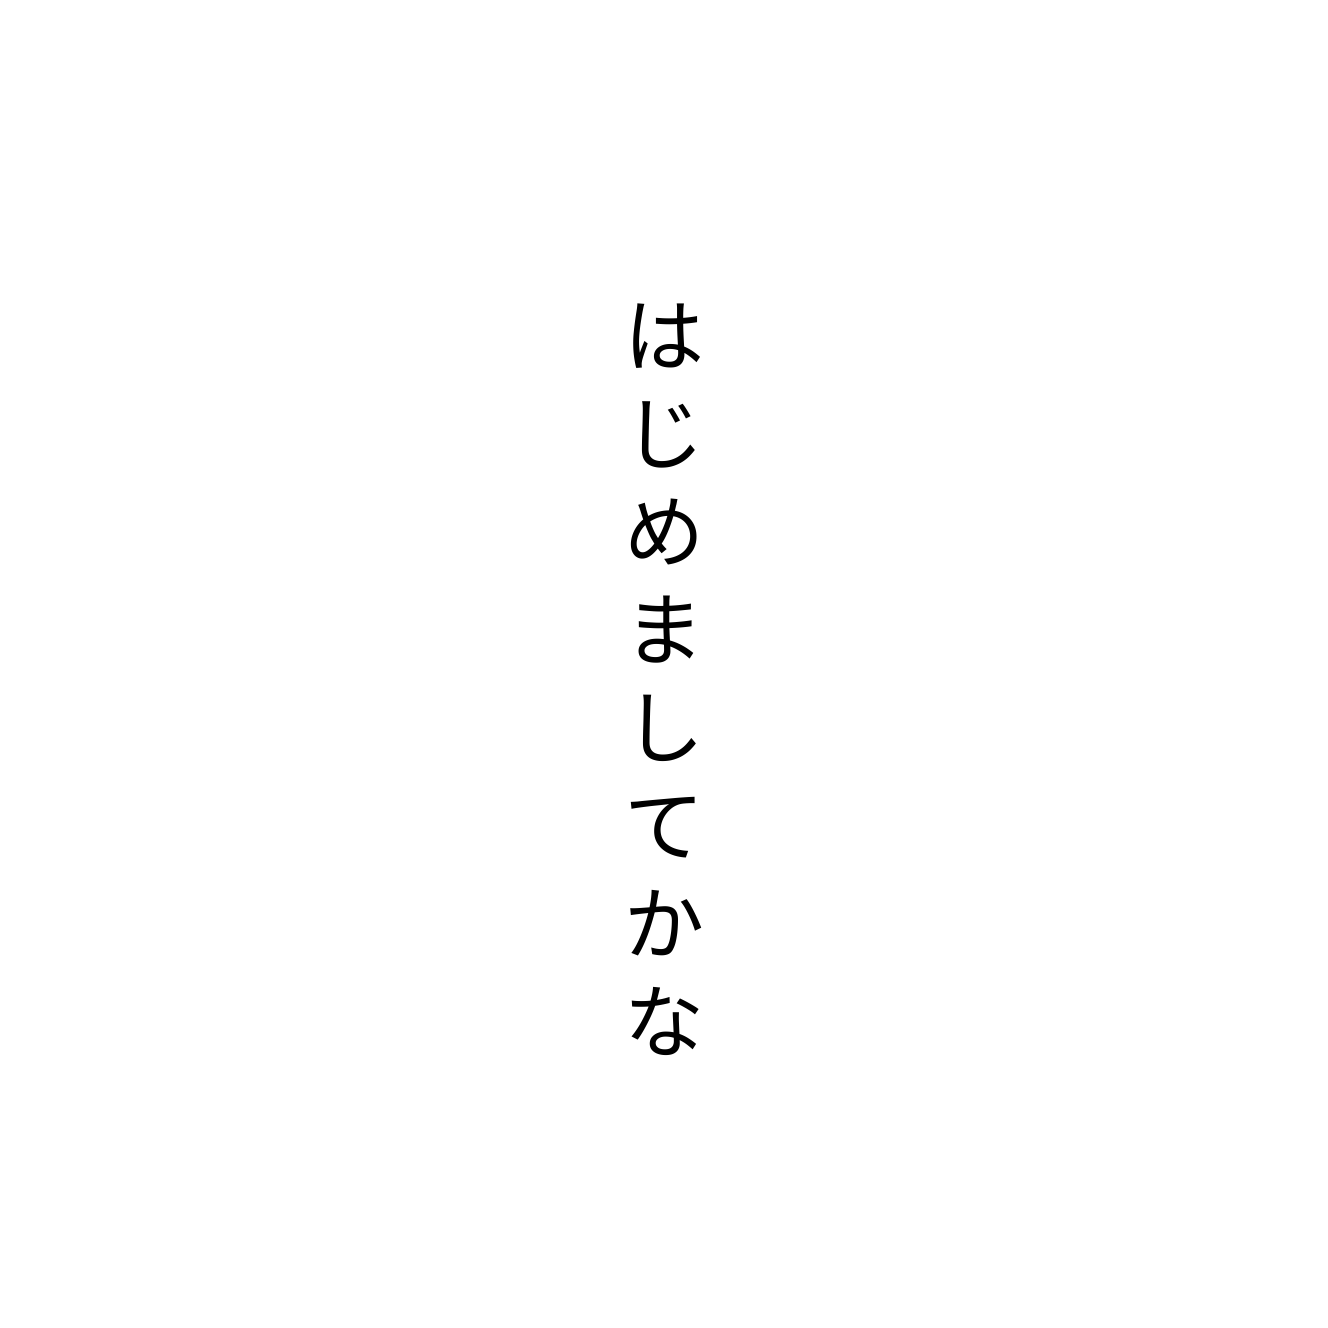
はじめましてかな